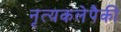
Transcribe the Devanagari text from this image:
नृत्यकलेपैकी